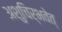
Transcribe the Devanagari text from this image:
अशुचिर्भवेत्